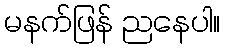
မနက်ဖြန် ညနေပါ။